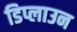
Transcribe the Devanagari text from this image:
डिप्लाउन